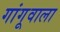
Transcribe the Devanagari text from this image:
गांगूवाला